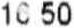
16.50